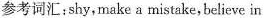
参考词汇：shy，make a mistake，believe in